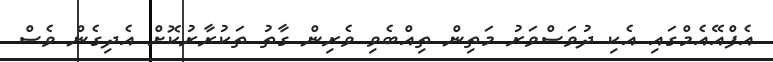
އެފްއޭއެމްގައި އެކި ދުވަސްވަރު މަތިން ތިއްބެވި ވެރިން ގާތު ތަކުރާރުކޮށް އެދިގެން ވެސް